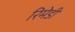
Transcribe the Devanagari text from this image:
रिमेडी